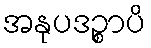
အနုပဒဉ္စာပိ